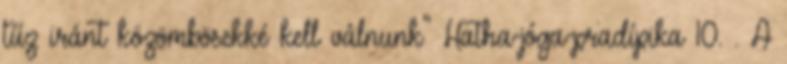
tűz iránt közömbösekké kell válnunk" Hatha-jóga-pradípika 10. . A